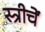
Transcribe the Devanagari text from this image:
स्त्रीचें